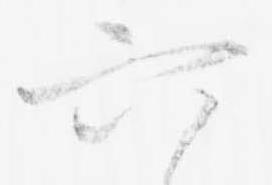
六